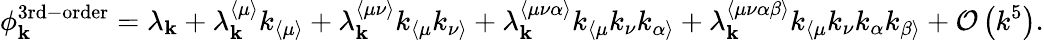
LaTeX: \phi_{\mathbf{k}}^{\mathrm{3rd-order}}=\lambda_{\mathbf{k}}+\lambda_{\mathbf{k}}^{\langle\mu\rangle}k_{\langle\mu\rangle}+\lambda_{\mathbf{k}}^{\langle\mu\nu\rangle}k_{\langle\mu}k_{\nu\rangle}+\lambda_{\mathbf{k}}^{\langle\mu\nu\alpha\rangle}k_{\langle\mu}k_{\nu}k_{\alpha\rangle}+\lambda_{\mathbf{k}}^{\langle\mu\nu\alpha\beta\rangle}k_{\langle\mu}k_{\nu}k_{\alpha}k_{\beta\rangle}+\mathcal{O}\left(k^{5}\right).